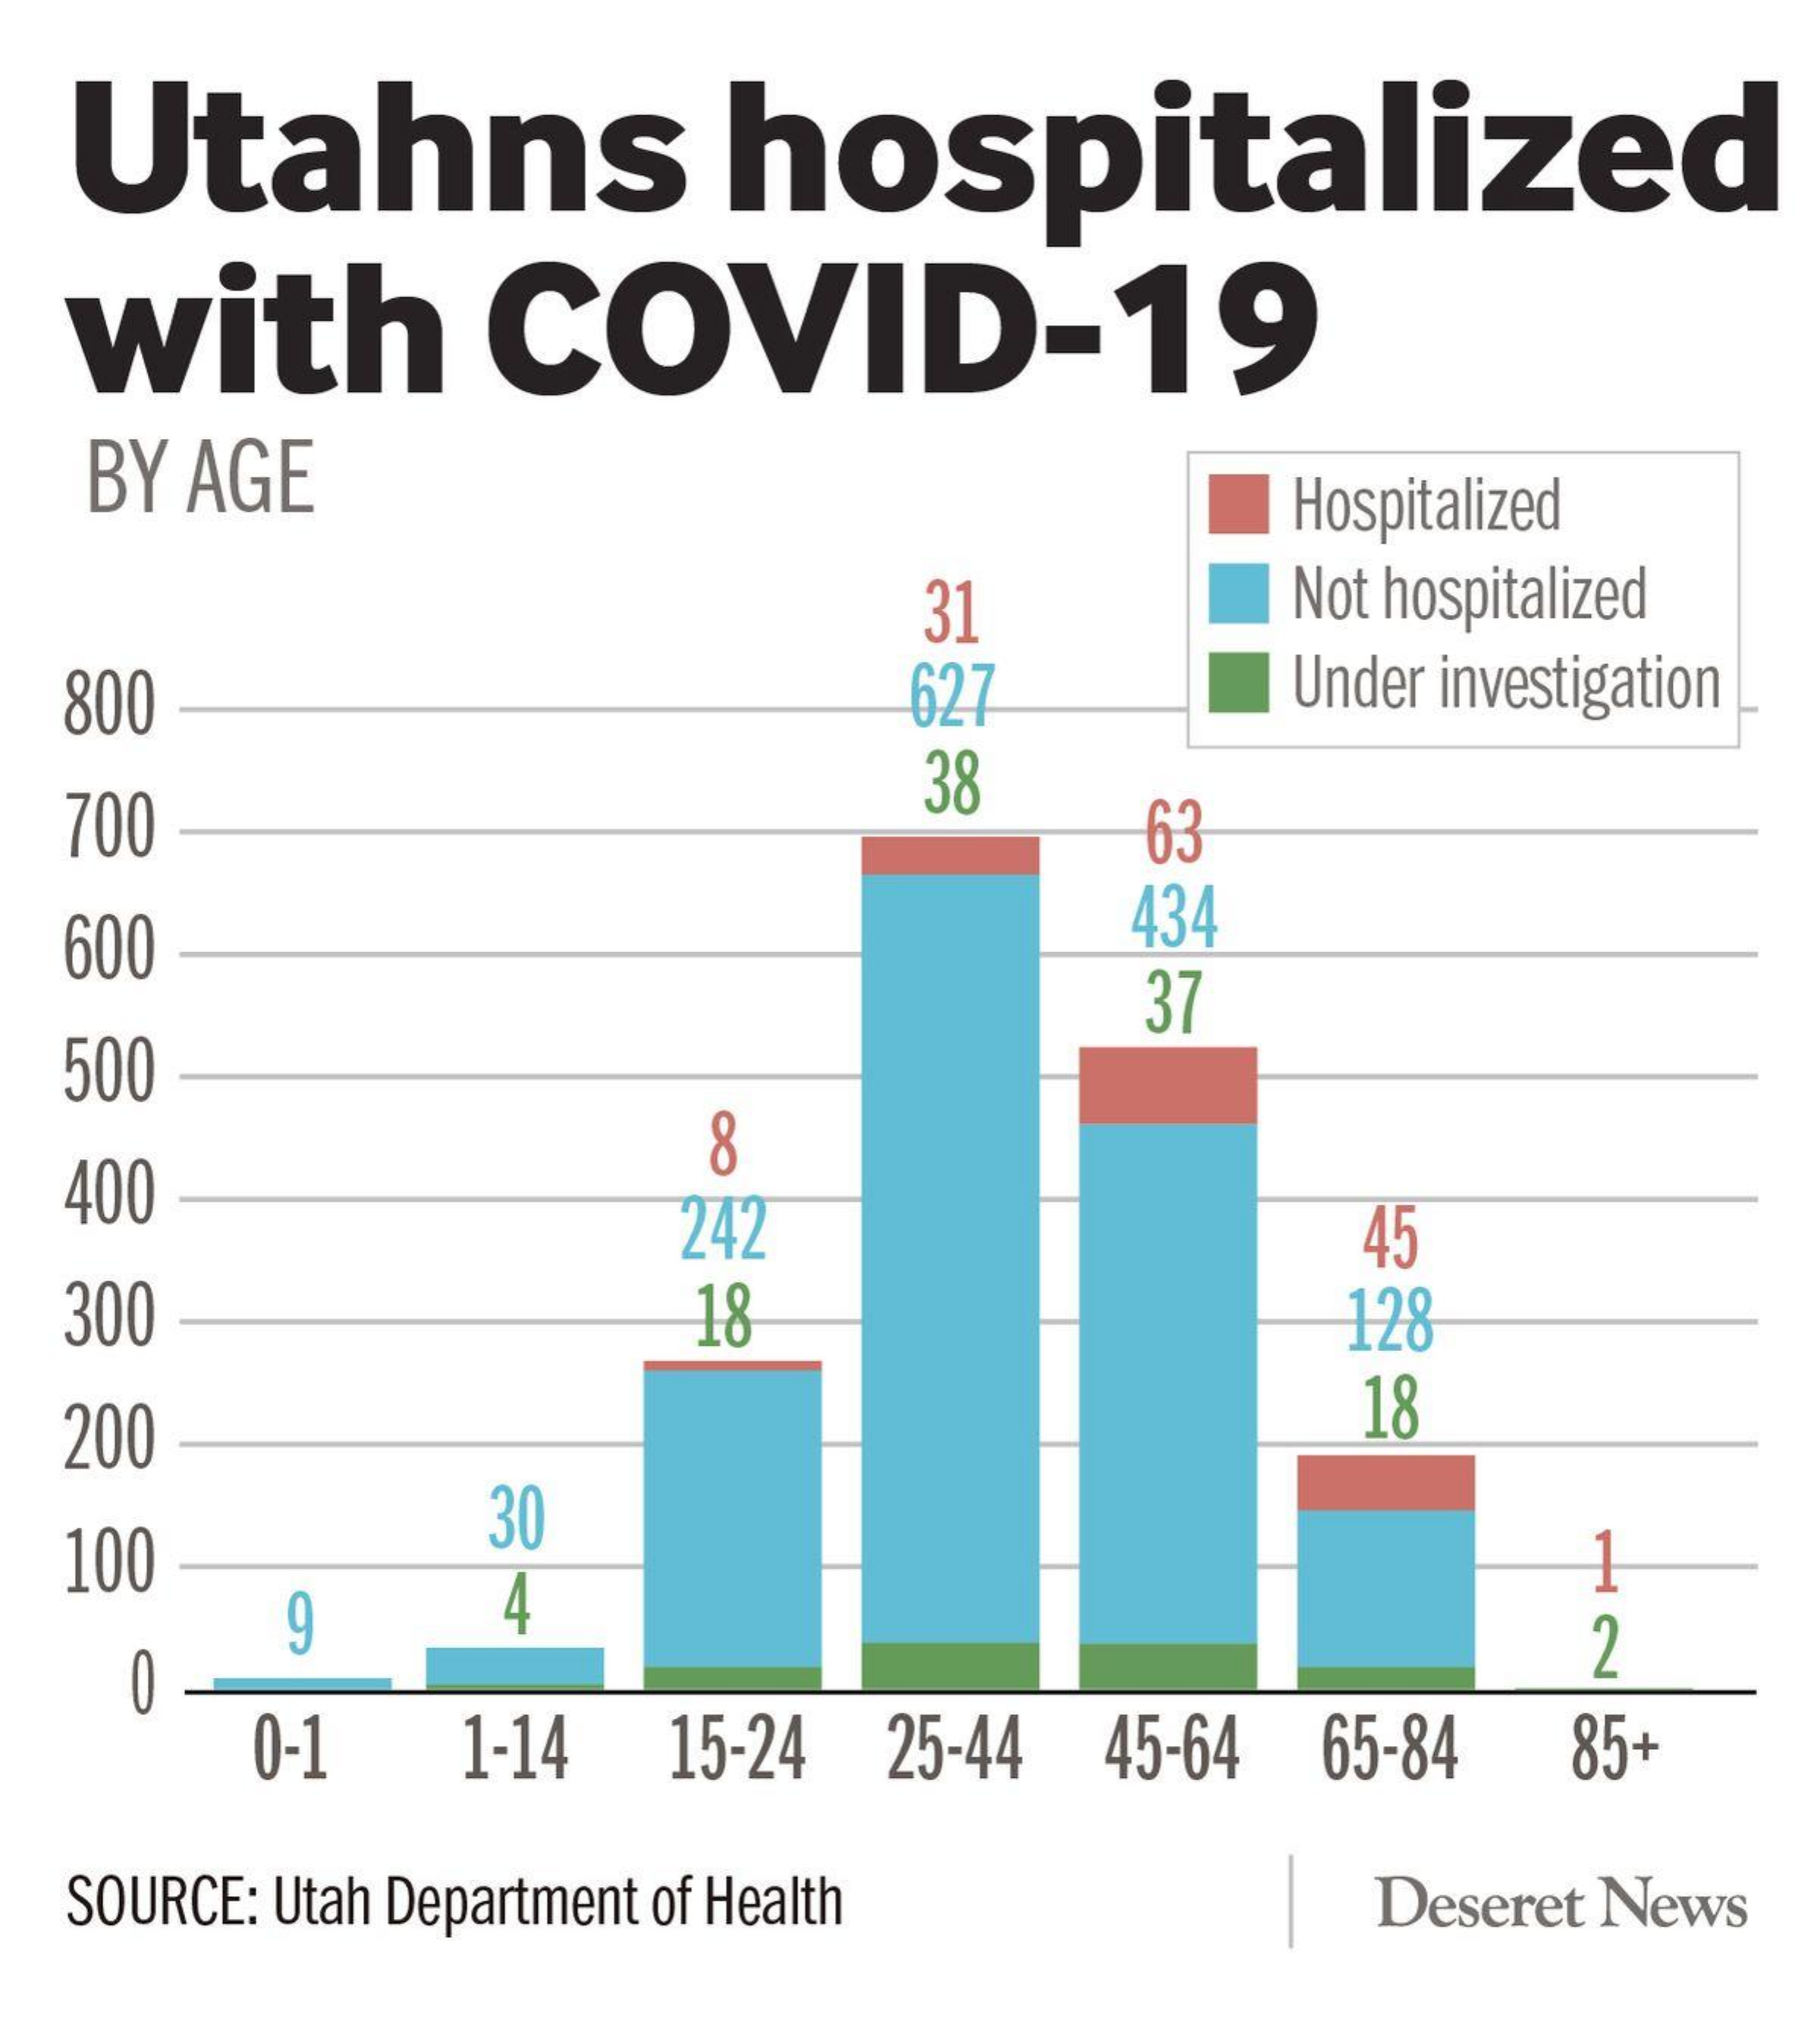
Utahns    hospitalized
  with    COVID-19
  BY AGE    Hospitalized
     31    Not hospitalized
  800    627    Under investigation
  700
     38
     63
  600    434
  500
     37
  400
     8
     242    45
  300    18    128
  200    18
  100
     30
     9
   0
     2
     0-1  1-14 15-24 25-44 45-64 65-84 85+
  SOURCE: Utah Department of Health Deseret News